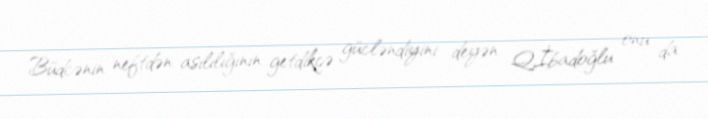
Büdcənin neftdən asılılığının getdikcə gücləndiyini deyən Q.İbadoğlu onu da